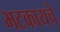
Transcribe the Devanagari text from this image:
भटकायचे